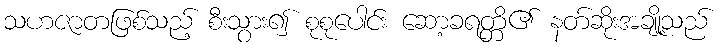
သဟဇာတဖြစ်သည့် စီးသွား၍ စုစုပေါင်း ဆော့ခရတ္တိ၏ နတ်ဆိုးအချို့သည်